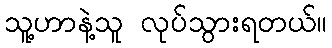
သူ့ဟာနဲ့သူ လုပ်သွားရတယ်။